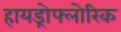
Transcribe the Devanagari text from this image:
हायड्रोफ्लोरिक